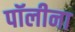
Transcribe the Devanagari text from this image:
पॉलीना